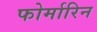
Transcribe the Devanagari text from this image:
फोर्मारिन